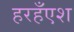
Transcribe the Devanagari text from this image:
हरहँएश